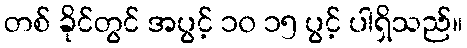
တစ် ခိုင်တွင် အပွင့် ၁၀ ၁၅ ပွင့် ပါရှိသည်။